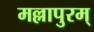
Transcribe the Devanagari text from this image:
मल्लापुरम्